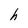
Character: h